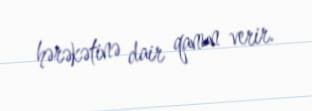
hərəkətinə dair qanun verir.